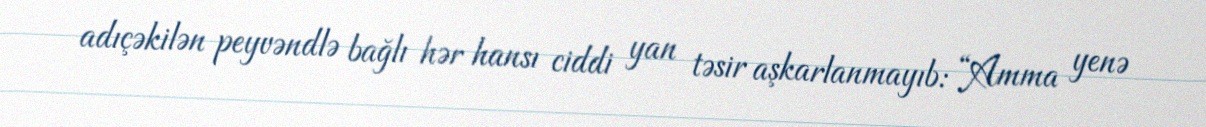
adıçəkilən peyvəndlə bağlı hər hansı ciddi yan təsir aşkarlanmayıb: “Amma yenə